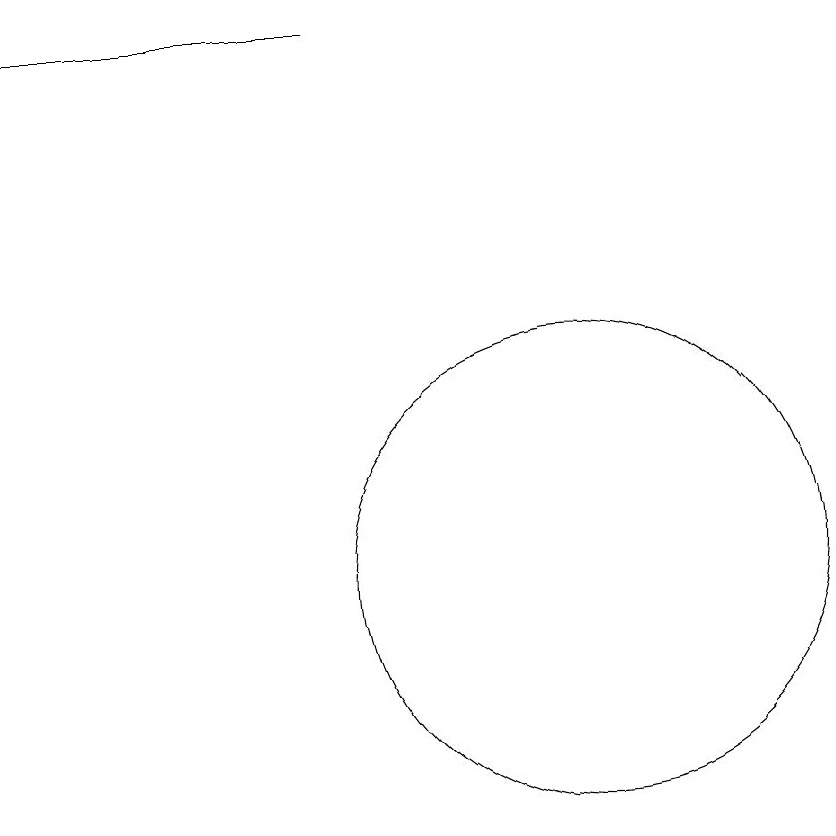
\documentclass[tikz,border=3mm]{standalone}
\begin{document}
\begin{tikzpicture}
\draw (10,11) circle (0);
\draw (10,12) circle (3);
\draw (7,19) rectangle (3,19);
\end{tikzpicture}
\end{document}